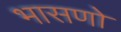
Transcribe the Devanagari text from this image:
भासणो